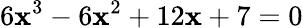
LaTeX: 6\mathbf{x}^{3}-6\mathbf{x}^{2}+12\mathbf{x}+7=0